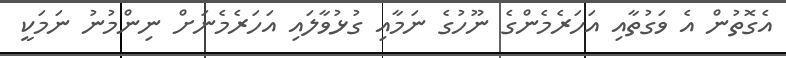
އެގޮތުން އެ ވަގުތާއި އަހަރެމެންގެ ނޫހުގެ ނަމާއި ގުޅުވާލައި އަހަރެމެނަށް ނިންމުނު ނަމަކީ